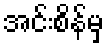
အင်းစိန်မှ